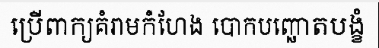
ប្រើពាក្យគំរាមកំហែង បោកបញ្ឆោតបង្ខំ